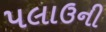
પલાઉની